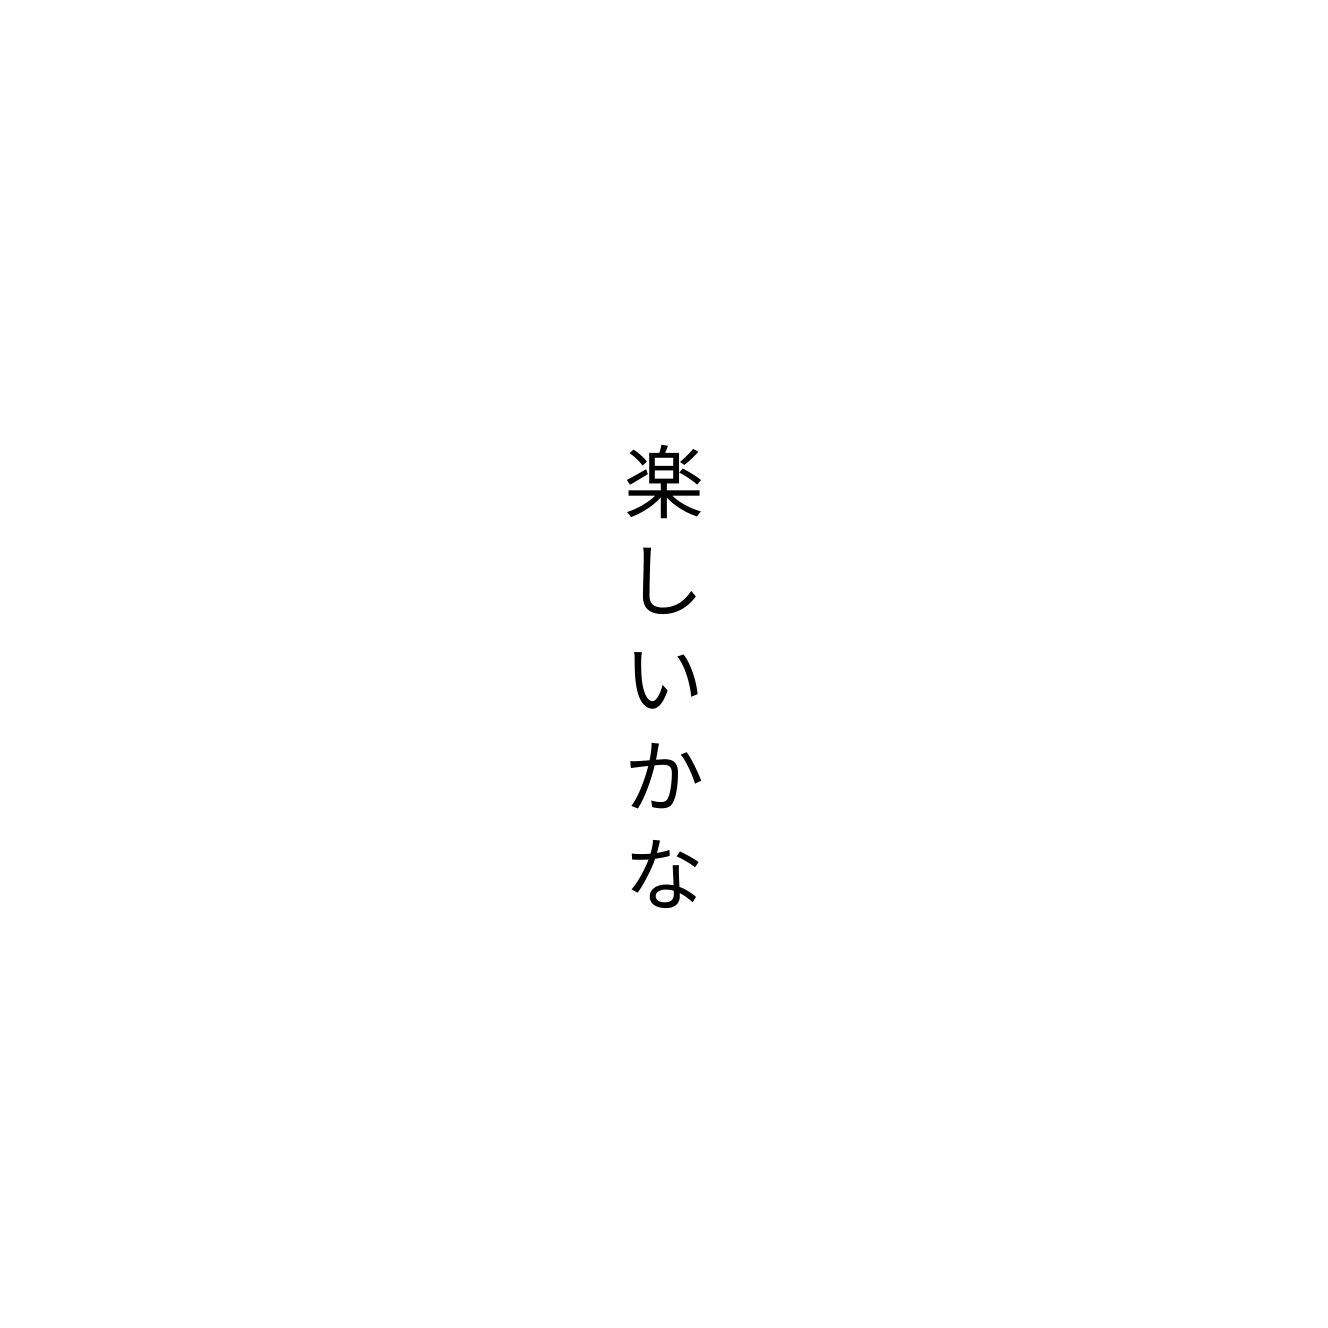
楽しいかな